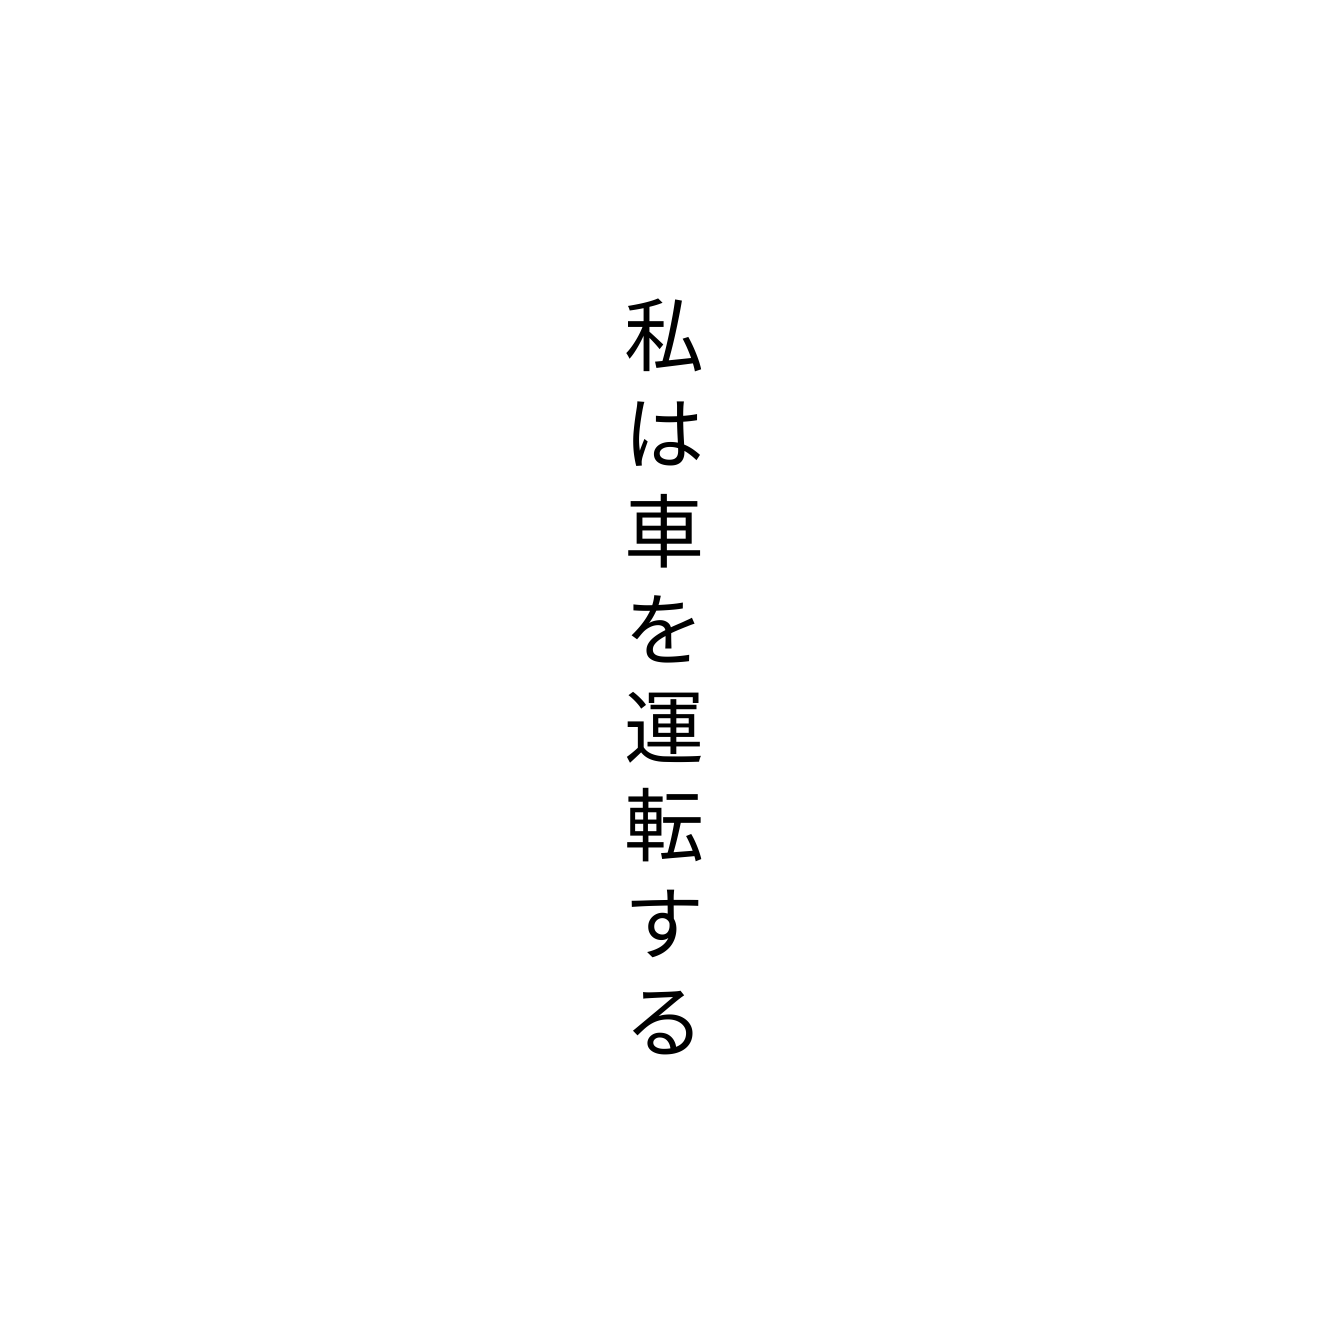
私は車を運転する